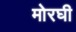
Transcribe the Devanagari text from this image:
मोरघी